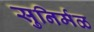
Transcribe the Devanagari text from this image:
सुनिर्मळ